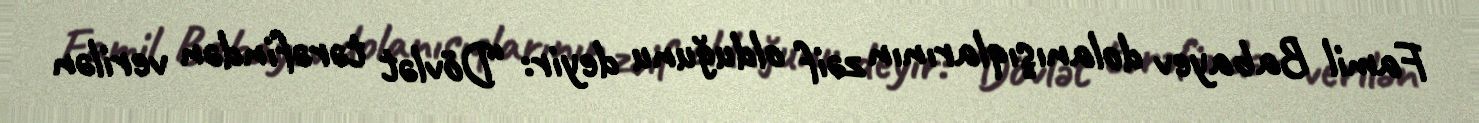
Famil Babayev dolanışıqlarının zəif olduğunu deyir: “Dövlət tərəfindən verilən